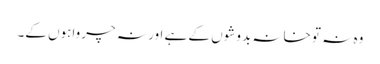
وہ نہ تو خانہ بدوشوں کے ہے اور نہ چرواہوں کے۔